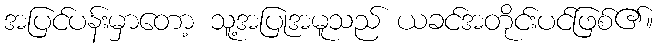
အပြင်ပန်းမှာတော့ သူ့အပြုအမူသည် ယခင်အတိုင်းပင်ဖြစ်၏။